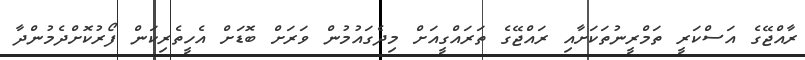
ރާއްޖޭގެ އަސްކަރީ ތަމްރީނުތަކަށާއި ރައްޖޭގެ ތަރައްގީއަށް މިދެގައުމުން ވަރަށް ބޮޑަށް އެހީތެރިކަން ފޯރުކޮށްދެމުންދާ